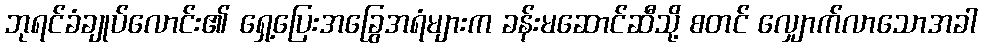
ဘုရင်ခံချုပ်လောင်း၏ ရှေ့ပြေးအခြွေအရံများက ခန်းမဆောင်ဆီသို့ စတင် လျှောက်လာသောအခါ